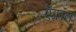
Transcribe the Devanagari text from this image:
ऍफ़्रॉन